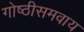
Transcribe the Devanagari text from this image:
गोष्ठीसमवाय